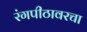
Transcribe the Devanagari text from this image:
रंगपीठावरचा